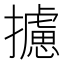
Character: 攄